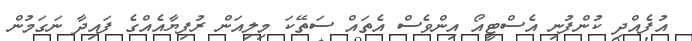
އުފެއްދި ކުންފުނި އެސްޓީއޯ އިންވެސް އެތައް ސަތޭކަ މިލިއަން ރުފިޔާއެއްގެ ފައިދާ ނަގަމުން